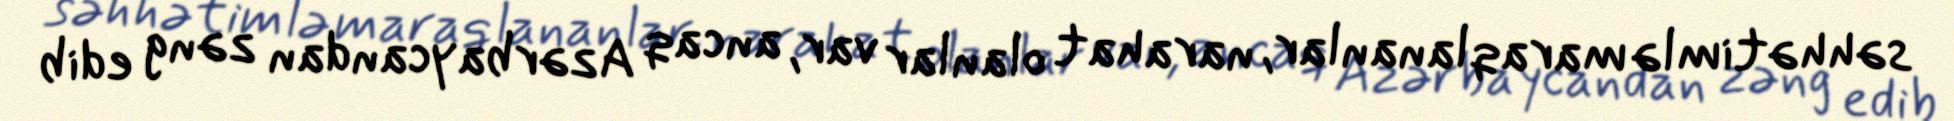
səhhətimlə maraqlananlar, narahat olanlar var, ancaq Azərbaycandan zəng edib